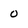
Character: o